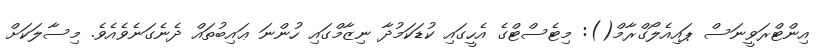
އިންޓްރަވީނަސް ޕައިއެލޯގްރާމް(): މިޓެސްޓްގެ އެހީގައި ކުޑަކަމުދާ ނިޒާމްގައި ހުންނަ ޢައިބުތައް ދެނެގަނެވެއެވެ. މިސާލަކަށް